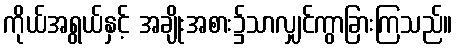
ကိုယ်အရွယ်နှင့် အချိုးအစား၌သာလျှင်ကွာခြားကြသည်။